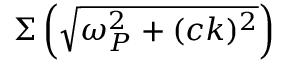
\Sigma \left( \sqrt { \omega _ { P } ^ { 2 } + ( c k ) ^ { 2 } } \right)